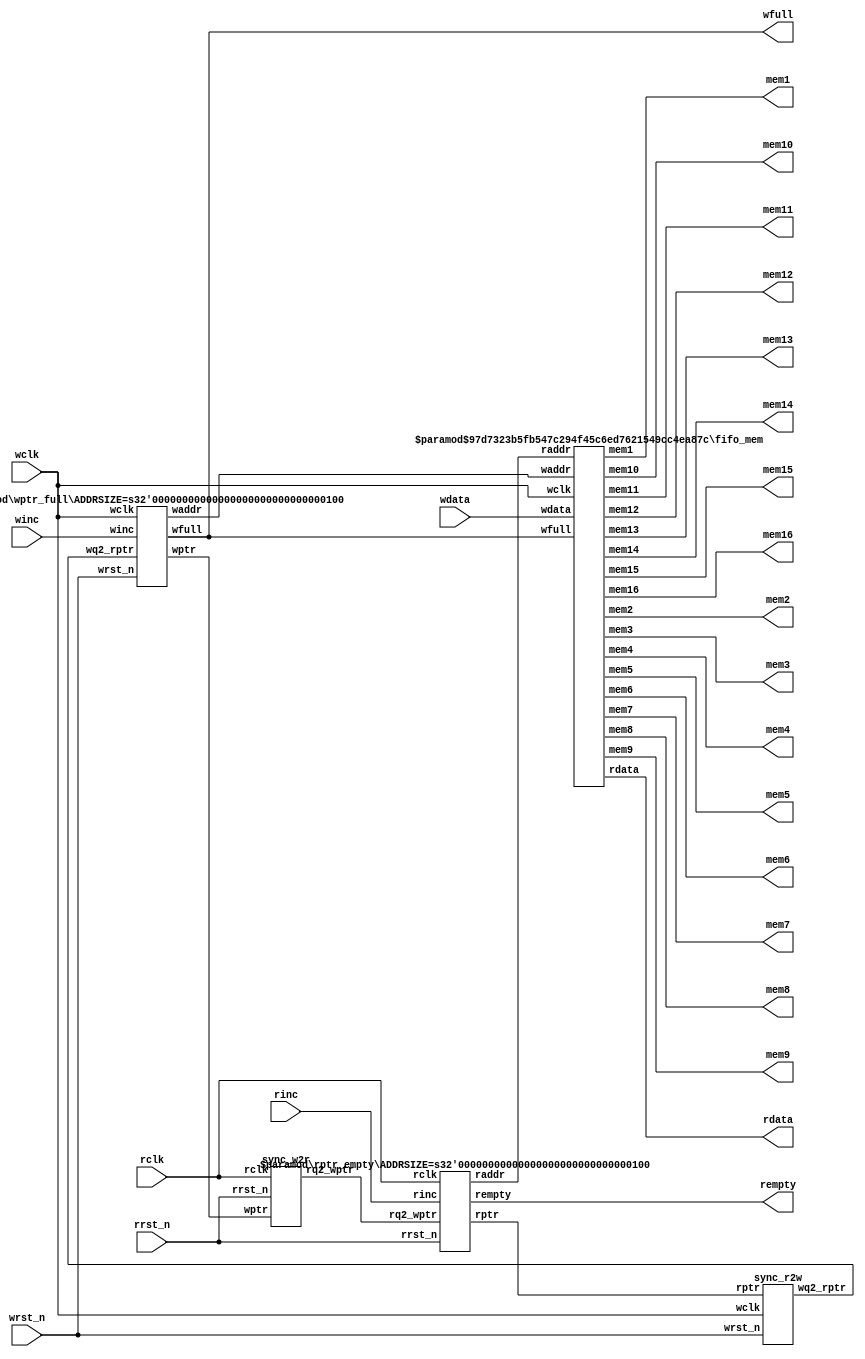
module fifo2 #(parameter DSIZE = 8,parameter datasize =8,
parameter ASIZE = 4)
(output [DSIZE-1:0] rdata,
output wfull,
output rempty,
input [DSIZE-1:0] wdata,
input winc, wclk, wrst_n,
input rinc, rclk, rrst_n,output [datasize-1:0] mem1,output [datasize-1:0] mem2, output [datasize-1:0] mem3,output [datasize-1:0] mem4,output [datasize-1:0] mem5,
output [datasize-1:0] mem6,output [datasize-1:0] mem7,output [datasize-1:0] mem8,output [datasize-1:0] mem9, output [datasize-1:0] mem10,output [datasize-1:0] mem11,
output [datasize-1:0] mem12,
output [datasize-1:0] mem13,output [datasize-1:0] mem14,output [datasize-1:0] mem15,output [datasize-1:0] mem16);

 wire [ASIZE-1:0] waddr, raddr;
 wire [ASIZE:0] wptr, rptr, wq2_rptr, rq2_wptr;
 
 sync_r2w sync_r2w (.wq2_rptr(wq2_rptr), .rptr(rptr), .wclk(wclk), .wrst_n(wrst_n));
 sync_w2r sync_w2r (.rq2_wptr(rq2_wptr), .wptr(wptr),.rclk(rclk), .rrst_n(rrst_n));
 
 fifo_mem #(DSIZE, ASIZE) fifo_mem(.rdata(rdata), .wdata(wdata),.waddr(waddr), .raddr(raddr),
.wfull(wfull),.wclk(wclk),.mem1(mem1),.mem2(mem2),.mem3(mem3),.mem4(mem4),.mem5(mem5),.mem6(mem6),.mem7(mem7),.mem8(mem8),.mem9(mem9),.mem10(mem10),.mem11(mem11),.mem12(mem12),.mem13(mem13),.mem14(mem14),.mem15(mem15),.mem16(mem16));

 rptr_empty #(ASIZE) rptr_empty(.rempty(rempty),.raddr(raddr),.rptr(rptr), .rq2_wptr(rq2_wptr),
.rclk(rclk),.rrst_n(rrst_n),.rinc(rinc));

 wptr_full #(ASIZE) wptr_full(.wfull(wfull), .waddr(waddr),.wptr(wptr), .wq2_rptr(wq2_rptr),
.wclk(wclk),.wrst_n(wrst_n),.winc(winc));

endmodule
module fifo_mem#( parameter datasize =8,
parameter addrsize =4)
(output [datasize-1:0] rdata,
 input [datasize-1:0] wdata,
 input [addrsize-1:0] waddr, raddr,
input   wfull, wclk,output reg [datasize-1:0] mem1,output reg [datasize-1:0] mem2, output reg  [datasize-1:0] mem3,output reg [datasize-1:0] mem4,output reg [datasize-1:0] mem5,
output reg [datasize-1:0] mem6,output reg [datasize-1:0] mem7,output reg [datasize-1:0] mem8,output reg [datasize-1:0] mem9, output reg [datasize-1:0] mem10,output reg [datasize-1:0] mem11,
output reg [datasize-1:0] mem12,
output reg [datasize-1:0] mem13,output reg [datasize-1:0] mem14,output reg [datasize-1:0] mem15,output reg [datasize-1:0] mem16);
 
 //localparam depth=1<<addrsize;
localparam depth=16;
integer i;
 reg [datasize-1:0] mem[0: depth-1];
 assign rdata = mem[raddr];
always @(posedge wclk) begin
mem1 <= mem[0];mem2 <= mem[1];mem3 <= mem[2];mem4 <= mem[3];mem5 <= mem[4];mem6 <= mem[5];mem7 <= mem[6];mem8 <= mem[7];mem9 <= mem[8];mem10 <= mem[9];mem11 <= mem[10];mem12 <= mem[11];mem13 <= mem[12];mem14 <= mem[13];mem15 <= mem[14];mem16 <= mem[15];


end
 always @(posedge wclk)
 if ( !wfull)
 mem[waddr]<=wdata;
 endmodule
 
 module sync_r2w #(parameter addrsize=4)
(output reg [addrsize:0] wq2_rptr,
input [addrsize:0] rptr,
input wclk, wrst_n);
reg [addrsize:0] wq1_rptr;
always @ (posedge wclk or negedge wrst_n)
if(!wrst_n)
begin
wq1_rptr<=0;
wq2_rptr<=0;
end
else
begin
{wq2_rptr ,wq1_rptr}<={wq1_rptr,rptr};

end
endmodule
module sync_w2r #(parameter addrsize=4)
(output reg [addrsize:0] rq2_wptr,
input [addrsize:0] wptr,
input rclk, rrst_n);
reg [addrsize:0] rq1_wptr;
always @ (posedge rclk or negedge rrst_n)
if(!rrst_n)
begin
rq1_wptr<=0;
rq2_wptr<=0;
end
else
begin
{rq2_wptr , rq1_wptr}<={rq1_wptr, wptr};

end
endmodule


module rptr_empty #(parameter ADDRSIZE = 4)
(output reg rempty,
output [ADDRSIZE-1:0] raddr,
output reg [ADDRSIZE :0] rptr,
input [ADDRSIZE :0] rq2_wptr,
input rinc, rclk, rrst_n);
reg [ADDRSIZE:0] rbin;
wire [ADDRSIZE:0] rgraynext, rbinnext;
//-------------------
// GRAYSTYLE2 pointer
//-------------------
always @(posedge rclk or negedge rrst_n)
if (!rrst_n) {rbin, rptr} <= 0;
else {rbin, rptr} <= {rbinnext, rgraynext};
// Memory read-address pointer (okay to use binary to address memory)
assign raddr = rbin[ADDRSIZE-1:0];
assign rbinnext = rbin + (rinc & ~rempty);
assign rgraynext = (rbinnext>>1) ^ rbinnext;
//---------------------------------------------------------------
// FIFO empty when the next rptr == synchronized wptr or on reset
//---------------------------------------------------------------
assign rempty_val = (rgraynext == rq2_wptr);
always @(posedge rclk or negedge rrst_n)
if (!rrst_n) rempty <= 1'b1;
else rempty <= rempty_val;
endmodule
module wptr_full #(parameter ADDRSIZE = 4)
(output reg wfull,
output [ADDRSIZE-1:0] waddr,
output reg [ADDRSIZE :0] wptr,
input [ADDRSIZE :0] wq2_rptr,
input winc, wclk, wrst_n);
reg [ADDRSIZE:0] wbin;
wire [ADDRSIZE:0] wgraynext, wbinnext;
// GRAYSTYLE2 pointer
always @(posedge wclk or negedge wrst_n)
if (!wrst_n) {wbin, wptr} <= 0;
else {wbin, wptr} <= {wbinnext, wgraynext};
// Memory write-address pointer (okay to use binary to address memory)
assign waddr = wbin[ADDRSIZE-1:0];
assign wbinnext = wbin + (winc & ~wfull);
assign wgraynext = (wbinnext>>1) ^ wbinnext;
//------------------------------------------------------------------
// Simplified version of the three necessary full-tests:
// assign wfull_val=((wgnext[ADDRSIZE] !=wq2_rptr[ADDRSIZE] ) &&
// (wgnext[ADDRSIZE-1] !=wq2_rptr[ADDRSIZE-1]) &&
// (wgnext[ADDRSIZE-2:0]==wq2_rptr[ADDRSIZE-2:0]));
//------------------------------------------------------------------
assign wfull_val = (wgraynext=={~wq2_rptr[ADDRSIZE:ADDRSIZE-1],
wq2_rptr[ADDRSIZE-2:0]});
always @(posedge wclk or negedge wrst_n)
if (!wrst_n) wfull <= 1'b0;
else wfull <= wfull_val;
endmodule

module tb();
reg [7:0] wdata;
reg wclk, wrst_n, rclk, rrst_n,winc,rinc;
wire rempty,wfull;
wire [7:0] rdata;
integer idx;
wire[7:0] mem_16; wire[7:0] mem_1; wire[7:0] mem_2; wire[7:0] mem_3; wire[7:0] mem_4; wire[7:0] mem_5; wire[7:0] mem_6; wire[7:0] mem_7; wire[7:0] mem_8; wire[7:0] mem_9; wire[7:0] mem_10; wire[7:0] mem_11; wire[7:0] mem_12; wire[7:0] mem_13; wire[7:0] mem_14; wire[7:0] mem_15; 
fifo2 dut(.wdata(wdata),.wclk(wclk),.wrst_n(wrst_n),.rclk(rclk),.rrst_n(rrst_n),.rempty(rempty),.wfull(wfull),.rdata(rdata),.winc(winc),.rinc(rinc),  .mem1(mem_1),  .mem2(mem_2),  .mem3(mem_3),  .mem4(mem_4),  .mem5(mem_5),  .mem6(mem_6),  .mem7(mem_7),  .mem8(mem_8),  .mem9(mem_9),  .mem10(mem_10),  .mem11(mem_11),  .mem12(mem_12),  .mem13(mem_13),  .mem14(mem_14),  .mem15(mem_15),  .mem16(mem_16));

 initial begin
 wclk=0;
 rclk=0;
 
 end
 
 initial begin
 rrst_n=0;#10;rrst_n=1;
 wrst_n=0;#10;wrst_n=1;
 end
 
 always@(wclk)
 begin
 #10 wclk<=~wclk;
 end
 
  always@(rclk)
 begin
 #15 rclk<=~rclk;
 end
 
 initial begin
   wdata=0;
winc=0;
 rinc=0;
 #150;

   wdata=8'h1;
winc=1;
#10 winc=0;
#10

   wdata=8'h2;
winc=1;
#10 winc=0;
#10

   wdata=8'h3;
winc=1;
#10 winc=0;
#10

   wdata=8'h4;
winc=1;
#10 winc=0;
#10

   wdata=8'h5;
winc=1;
#10 winc=0;
#10

   wdata=8'h6;
winc=1;
#10 winc=0;
#10

   wdata=8'h7;
winc=1;
#10 winc=0;
#10

wdata=8'h8;
winc=1;
#10 winc=0;
#10

 wdata=8'h9;
winc=1;
#10 winc=0;
#10

   wdata=8'h10;
winc=1;
#10 winc=0;
#10

   wdata=8'h11;
winc=1;
#10 winc=0;
#10

   wdata=8'h12;
winc=1;
#10 winc=0;
#10

   wdata=8'h11;
winc=1;
#10 winc=0;
#10

   wdata=8'h14;
winc=1;
#10 winc=0;
#10

   wdata=8'h15;
winc=1;
#10 winc=0;
#10

 wdata=8'h16;
winc=1;
#10 winc=0;
#10

   wdata=8'h10;
winc=1;
#10 winc=0;
#10

   wdata=8'h11;
winc=1;
#10 winc=0;
#10

   wdata=8'h12;
winc=1;
#10 winc=0;
#10


//read values
#15 rinc=1;
#15 rinc=0;
#15

rinc=1;
#15 rinc=0;
#15

rinc=1;
#15 rinc=0;
#15

rinc=1;
#15 rinc=0;
#15

rinc=1;
#15 rinc=0;
#15

rinc=1;
#15 rinc=0;
#15

rinc=1;
#15 rinc=0;
#15

rinc=1;
#15 rinc=0;
#15

rinc=1;
#15 rinc=0;
#15

rinc=1;
#15 rinc=0;
#15

rinc=1;
#15 rinc=0;
#15

rinc=1;
#15 rinc=0;
#15

rinc=1;
#15 rinc=0;
#15

rinc=1;
#15 rinc=0;
#15

rinc=1;
#15 rinc=0;
#15

rinc=1;
#15 rinc=0;
#15

//
 wdata=8'h25;
winc=1;
#10 winc=0;
#10

   wdata=8'h26;
winc=1;
#10 winc=0;
#10

   wdata=8'h27;
winc=1;
#10 winc=0;
#10

   wdata=8'h28;
winc=1;
#10 winc=0;
#10

   wdata=8'h29;
winc=1;
#10 winc=0;
#10

   wdata=8'h30;
winc=1;
#10 winc=0;
#10

   wdata=8'h31;
winc=1;
#10 winc=0;
#10

wdata=8'h32;
winc=1;
#10 winc=0;
#10

 wdata=8'h33;
winc=1;
#10 winc=0;
#10

   wdata=8'h34;
winc=1;
#10 winc=0;
#10

   wdata=8'h35;
winc=1;
#10 winc=0;
#10

   wdata=8'h36;
winc=1;
#10 winc=0;
#10

   wdata=8'h37;
winc=1;
#10 winc=0;
#10

   wdata=8'h38;
winc=1;
#10 winc=0;
#10

   wdata=8'h39;
winc=1;
#10 winc=0;
#10

 wdata=8'h40;
winc=1;
#10 winc=0;
#10



//read values
#15 rinc=1;
#15 rinc=0;
#15

rinc=1;
#15 rinc=0;
#15

rinc=1;
#15 rinc=0;
#15

rinc=1;
#15 rinc=0;
#15

rinc=1;
#15 rinc=0;
#15

rinc=1;
#15 rinc=0;
#15

rinc=1;
#15 rinc=0;
#15

rinc=1;
#15 rinc=0;
#15

rinc=1;
#15 rinc=0;
#15

rinc=1;
#15 rinc=0;
#15

rinc=1;
#15 rinc=0;
#15

rinc=1;
#15 rinc=0;
#15

rinc=1;
#15 rinc=0;
#15

rinc=1;
#15 rinc=0;
#15

rinc=1;
#15 rinc=0;
#15

rinc=1;
#15 rinc=0;
#15


 #100 $finish;
 end
 initial begin
$dumpvars();
end
endmodule